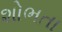
શોભતા